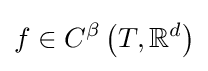
f\in C^{\beta }\left(T,\mathbb {R} ^{d}\right)